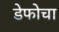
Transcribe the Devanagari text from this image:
डेफोचा